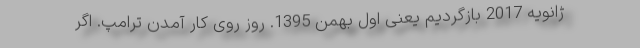
ژانویه 2017 بازگردیم یعنی اول بهمن 1395. روز روی کار آمدن ترامپ. اگر